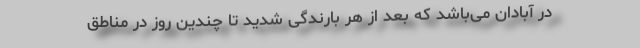
در آبادان می‌باشد که بعد از هر بارندگی شدید تا چندین روز در مناطق